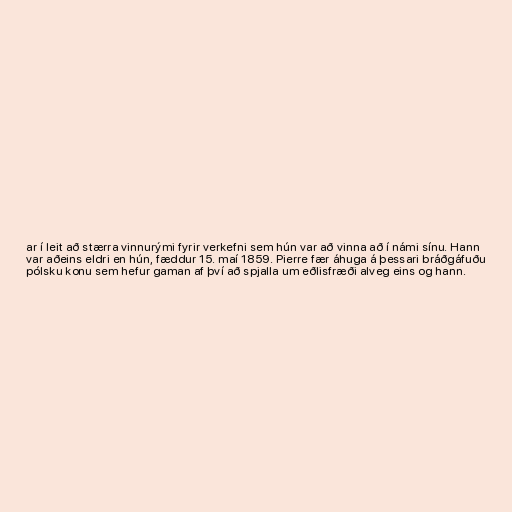
ar í leit að stærra vinnurými fyrir verkefni sem hún var að vinna að í námi sínu. Hann
var aðeins eldri en hún, fæddur 15. maí 1859. Pierre fær áhuga á þessari bráðgáfuðu
pólsku konu sem hefur gaman af því að spjalla um eðlisfræði alveg eins og hann.